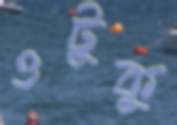
ওটুকু